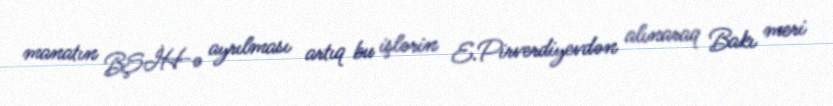
manatın BŞİH-ə ayrılması artıq bu işlərin E.Pirverdiyevdən alınaraq Bakı meri